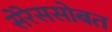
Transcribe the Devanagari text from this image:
सेरेससोबत